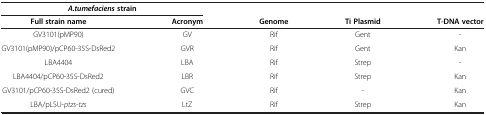
<table><thead><tr><td colspan="2"><b><i>A.tumefaciens </i>strain</b></td><td colspan="3"><b> </b></td></tr><tr><td><b>Full strain name</b></td><td><b>Acronym</b></td><td><b>Genome</b></td><td><b>Ti Plasmid</b></td><td><b>T-DNA vector</b></td></tr></thead><tbody><tr><td>GV3101(pMP90)</td><td>GV</td><td>Rif</td><td>Gent</td><td>-</td></tr><tr><td>GV3101(pMP90)/pCP60-35S-DsRed2</td><td>GVR</td><td>Rif</td><td>Gent</td><td>Kan</td></tr><tr><td>LBA4404</td><td>LBA</td><td>Rif</td><td>Strep</td><td>-</td></tr><tr><td>LBA4404/pCP60-35S-DsRed2</td><td>LBR</td><td>Rif</td><td>Strep</td><td>Kan</td></tr><tr><td>GV3101/pCP60-35S-DsRed2 (cured)</td><td>GVC</td><td>Rif</td><td>-</td><td>Kan</td></tr><tr><td>LBA/pLSU-<i>ptzs</i>-<i>tzs</i></td><td>LtZ</td><td>Rif</td><td>Strep</td><td>Kan</td></tr></tbody></table>